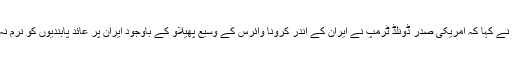
امریکی صدارتی امیدوار جو بائیڈن نے کہا کہ امریکی صدر ڈونلڈ ٹرمپ نے ایران کے اندر کرونا وائرس کے وسیع پھیلاؤ کے باوجود ایران پر عائد پابندیوں کو نرم نہ کرکے ظالمانہ عمل انجام دیا ہے۔